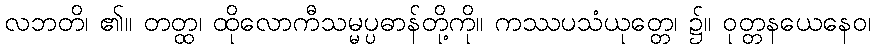
လဘတိ၊ ၏။ တတ္ထ၊ ထိုလောကီသမ္မပ္ပဓာန်တို့ကို။ ကဿပသံယုတ္တေ၊ ၌။ ဝုတ္တနယေနေဝ၊